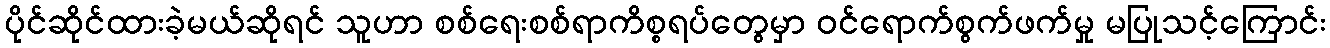
ပိုင်ဆိုင်ထားခဲ့မယ်ဆိုရင် သူဟာ စစ်ရေးစစ်ရာကိစ္စရပ်တွေမှာ ဝင်ရောက်စွက်ဖက်မှု မပြုသင့်ကြောင်း